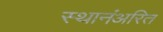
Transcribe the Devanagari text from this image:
स्थानंअरित